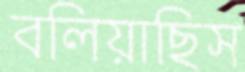
বলিয়াছিস